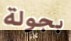
بجولة